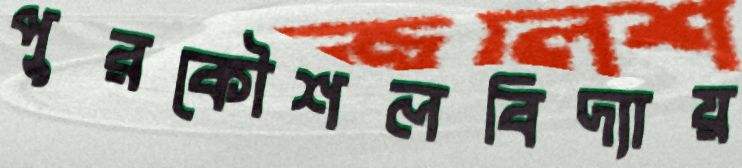
পুরকৌশলবিদ্যায়